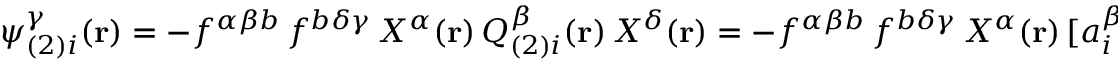
\psi _ { ( 2 ) i } ^ { \gamma } ( { \bf { r } } ) = - f ^ { \alpha \beta b } \, f ^ { b \delta \gamma } \, { \cal { X } } ^ { \alpha } ( { \bf { r } } ) \, { \cal { Q } } _ { ( 2 ) i } ^ { \beta } ( { \bf { r } } ) \, { \cal { X } } ^ { \delta } ( { \bf { r } } ) = - f ^ { \alpha \beta b } \, f ^ { b \delta \gamma } \, { \cal { X } } ^ { \alpha } ( { \bf { r } } ) \, [ a _ { i } ^ { \beta } ( { \bf { r } } ) + { \textstyle \frac { 2 } { 3 } } x _ { i } ^ { \beta } ( { \bf { r } } ) ] \, { \cal { X } } ^ { \delta } ( { \bf { r } } ) \; ,